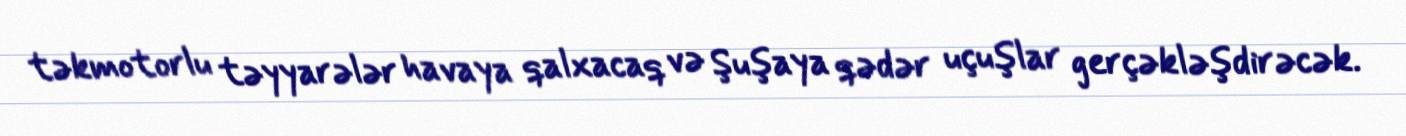
təkmotorlu təyyarələr havaya qalxacaq və Şuşaya qədər uçuşlar gerçəkləşdirəcək.